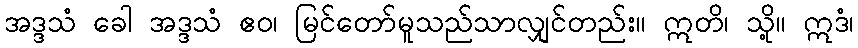
အဒ္ဒသံ ခေါ အဒ္ဒသံ ဧဝ၊ မြင်တော်မူသည်သာလျှင်တည်း။ ဣတိ၊ သို့။ ဣဒံ၊